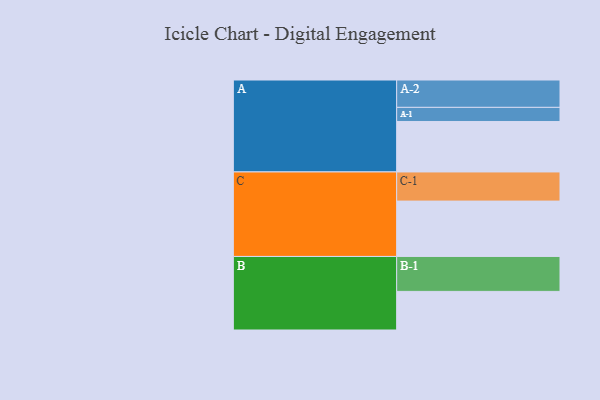
{"axis": {"x": "Segment", "y": "Value"}, "legend": ["", "A", "B", "C"], "data": [{"x": "A", "y": 400, "type": ""}, {"x": "B", "y": 306, "type": ""}, {"x": "C", "y": 439, "type": ""}, {"x": "A-1", "y": 112, "type": "A"}, {"x": "A-2", "y": 217, "type": "A"}, {"x": "B-1", "y": 277, "type": "B"}, {"x": "C-1", "y": 231, "type": "C"}]}